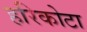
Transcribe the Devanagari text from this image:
हरिकोटा